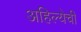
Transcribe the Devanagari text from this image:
अहिल्येची